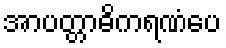
အာပတ္တာဓိကရဏံပေ